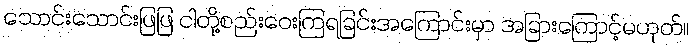
သောင်းသောင်းဖြဖြ ငါတို့စည်းဝေးကြရခြင်းအကြောင်းမှာ အခြားကြောင့်မဟုတ်။